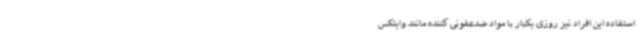
استفاده این افراد نیز روزی یکبار با مواد ضدعفونی کننده مانند وایتکس